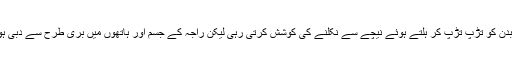
وہ اپنے بدن کو تڑپ تڑپ کر ہلتے ہوئے نیچے سے نکلنے کی کوشش کرتی رہی لیکن راجہ کے جسم اور ہاتھوں میں بری طرح سے دبی ہوئی تھی۔